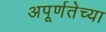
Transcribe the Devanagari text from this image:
अपूर्णतेच्या